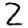
Digit: 2